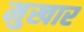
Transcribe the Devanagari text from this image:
मुखार